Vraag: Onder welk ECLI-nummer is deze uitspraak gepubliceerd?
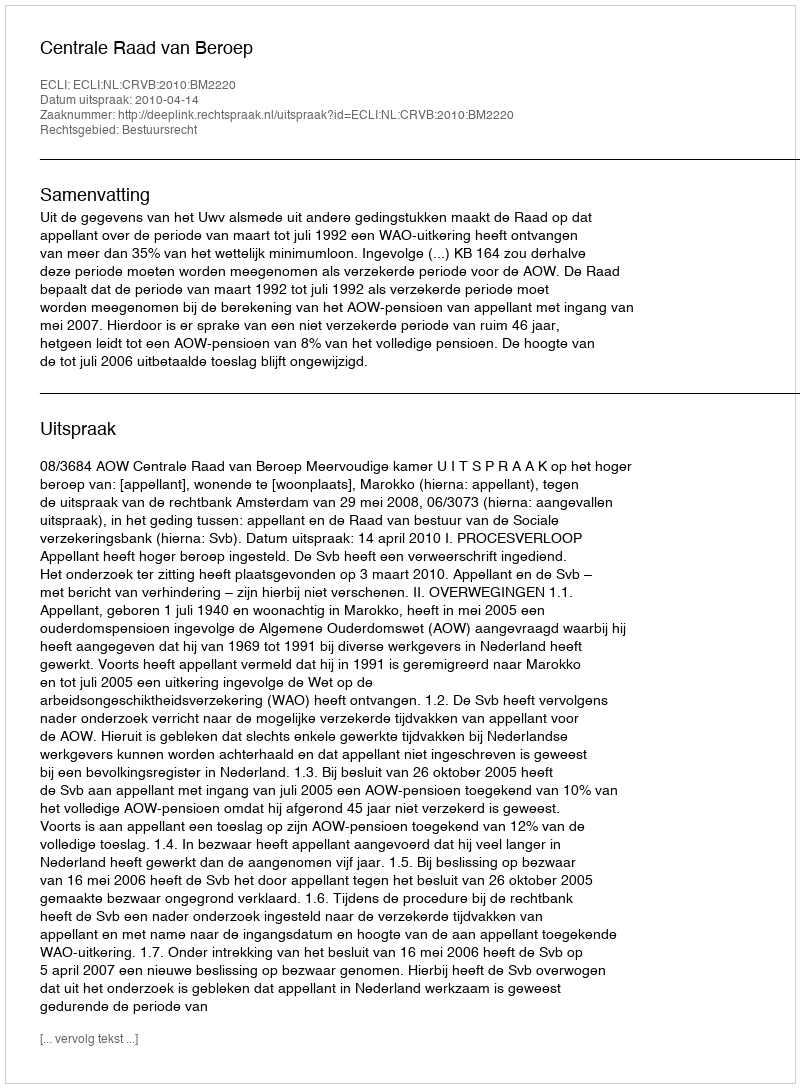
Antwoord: ECLI:NL:CRVB:2010:BM2220